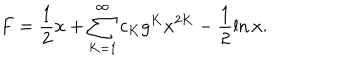
LaTeX: F = \frac { 1 } { 2 } x + \sum _ { K = 1 } ^ { \infty } c _ { K } g ^ { K } x ^ { 2 K } - \frac { 1 } { 2 } \ln x .